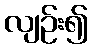
လျဉ်း၍